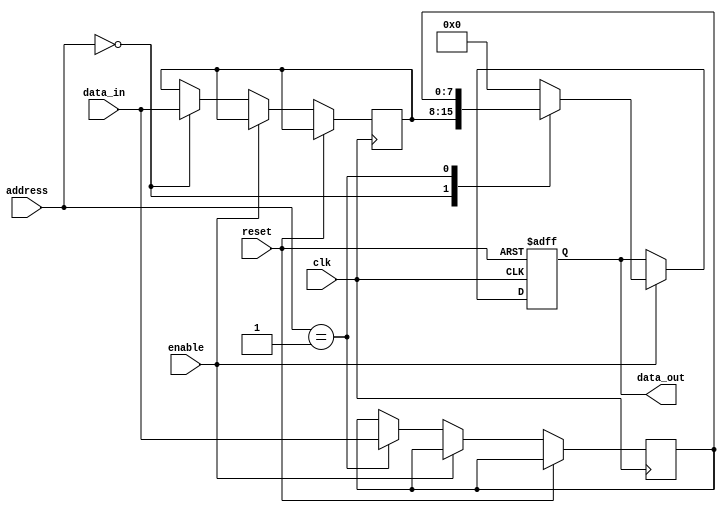
module flash_memory (
    input wire clk,
    input wire reset,
    input wire [7:0] address,
    input wire enable,
    input wire [7:0] data_in,
    output reg [7:0] data_out
);

reg [7:0] memory[255:0]; // Assuming 256 memory locations

always @(posedge clk or posedge reset) begin
    if (reset) begin
        data_out <= 8'h00;
    end else begin
        if (enable) begin
            case (address)
                8'h00: data_out <= memory[0];
                8'h01: data_out <= memory[1];
                // add more cases for address decoding
                
                default: data_out <= 8'h00;
            endcase
        end else begin
            memory[address] <= data_in;
        end
    end
end

endmodule